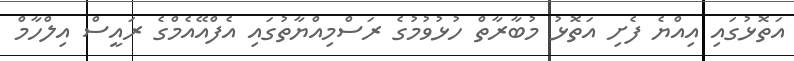
އަތޮޅުގައި އިއްޔެ ފެށި އަތޮޅު މުބާރާތް ހުޅުވުމުގެ ރަސްމިއްޔާތުގައި އެފްއޭއެމްގެ ރައީސް އިލްހާމް